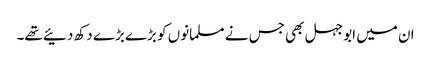
ان میں ابوجہل بھی جس نے مسلمانوں کو بڑے بڑے دکھ دئیے تھے۔